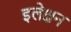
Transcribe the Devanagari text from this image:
इलेक्षन